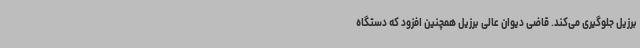
برزیل جلوگیری می‌کند. قاضی دیوان عالی برزیل همچنین افزود که دستگاه